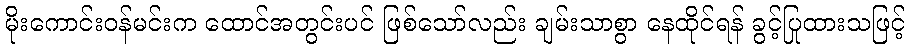
မိုးကောင်းဝန်မင်းက ထောင်အတွင်းပင် ဖြစ်သော်လည်း ချမ်းသာစွာ နေထိုင်ရန် ခွင့်ပြုထားသဖြင့်